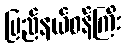
ပြည်နယ်ဝန်ကြီး